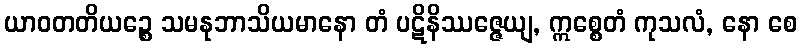
ယာဝတတိယဉ္စေ သမနုဘာသိယမာနော တံ ပဋိနိဿဇ္ဇေယျ, ဣစ္စေတံ ကုသလံ, နော စေ